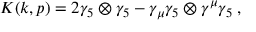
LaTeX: K ( k , p ) = 2 \gamma _ { 5 } \otimes \gamma _ { 5 } - \gamma _ { \mu } \gamma _ { 5 } \otimes \gamma ^ { \mu } \gamma _ { 5 } \; ,